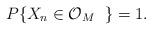
LaTeX: \begin{align*}P\{X_n \in \mathcal{O}_M \ \; \} = 1.\end{align*}